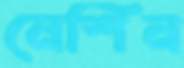
নেশিন